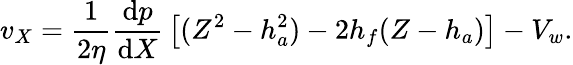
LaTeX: v_{X}={\frac{1}{2\eta}}{\frac{\mathrm{d}p}{\mathrm{d}X}}\left[(Z^{2}-h_{a}^{2})-2h_{f}(Z-h_{a})\right]-V_{w}.